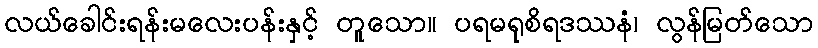
လယ်ခေါင်းရန်းမလေးပန်းနှင့် တူသော။ ပရမရုစိရဒဿနံ၊ လွန်မြတ်သော